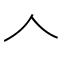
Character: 𠆢